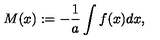
M ( x ) : = - { \frac { 1 } { a } } \int f ( x ) d x ,